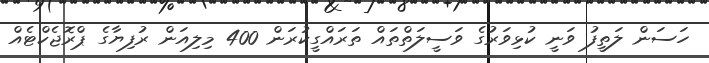
ހަސަން ލަތީފު ވަނީ ކުޅިވަރުގެ ވަސީލަތްތައް ތަރައްގީކުރަން 400 މިލިއަން ރުފިޔާގެ ޕްރޮޖެކްޓެއް